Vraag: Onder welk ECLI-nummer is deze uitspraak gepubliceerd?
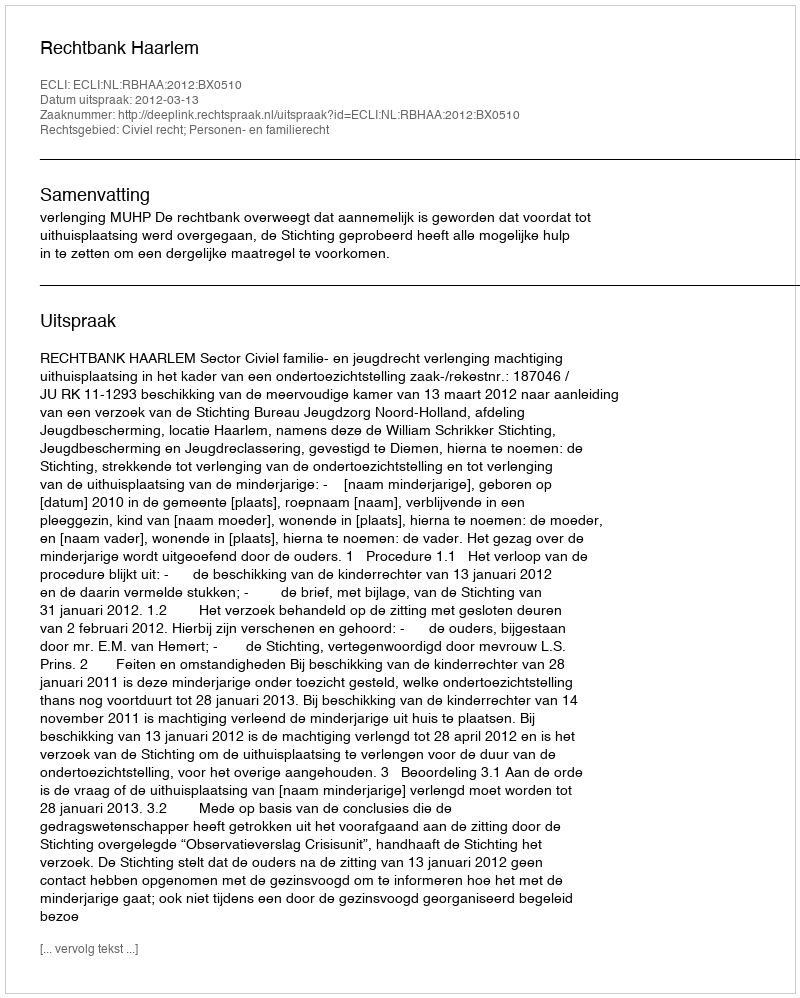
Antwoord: ECLI:NL:RBHAA:2012:BX0510